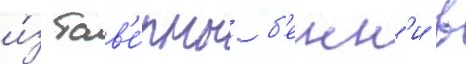
и́з тав'е́рны б'енн'и в